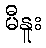
မီနူး